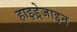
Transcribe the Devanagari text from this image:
हाइड्रेजाइन